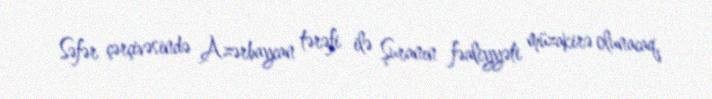
Səfər çərçivəsində Azərbaycan tərəfi ilə Şuranın fəaliyyəti müzakirə olunacaq,